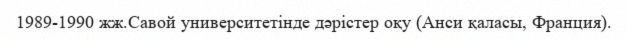
1989-1990 жж.Савой университетінде дәрістер оқу (Анси қаласы, Франция).